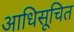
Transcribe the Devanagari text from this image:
आधिसूचित